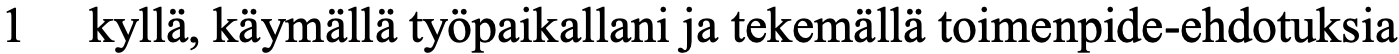
1  kyllä, käymällä työpaikallani ja tekemällä toimenpide-ehdotuksia